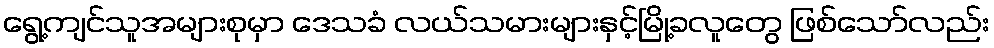
ရွေ့ကျင်သူအများစုမှာ ဒေသခံ လယ်သမားများနှင့်မြို့ခလူတွေ ဖြစ်သော်လည်း